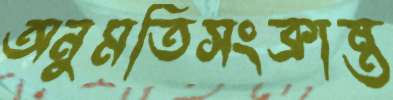
অনুমতিসংক্রান্ত